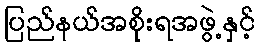
ပြည်နယ်အစိုးရအဖွဲ့နှင့်